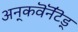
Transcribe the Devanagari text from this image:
अन्‌कवॆनॆंटॆड्